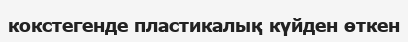
кокстегенде пластикалық күйден өткен